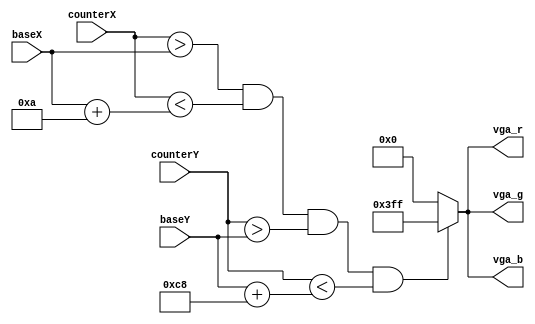

module vga_char1 (
	counterX,
	counterY,
	baseX,
	baseY,
	vga_r,
	vga_g,
	vga_b);

input [11:0] counterX;
input [11:0] counterY;
input [11:0] baseX;
input [11:0] baseY;

output [9:0] vga_r;
output [9:0] vga_g;
output [9:0] vga_b;

wire inBox;

assign inBox = counterX > baseX &&
					counterX < baseX + 10 &&
					counterY > baseY &&
					counterY < baseY + 200;

assign vga_r = inBox ? 10'h3ff : 10'b0;
assign vga_g = inBox ? 10'h3ff : 10'b0;
assign vga_b = inBox ? 10'h3ff : 10'b0;

endmodule